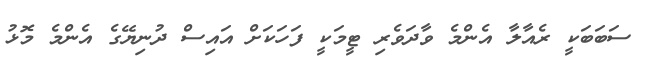
ސަބަބަކީ ރެއާލާ އެންމެ ވާދަވެރި ޓީމަކީ ފަހަކަށް އައިސް ދުނިޔޭގެ އެންމެ މޮޅު